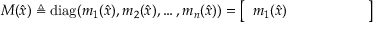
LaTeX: M ( { \hat { x } } ) \triangleq \operatorname { d i a g } ( m _ { 1 } ( { \hat { x } } ) , m _ { 2 } ( { \hat { x } } ) , \ldots , m _ { n } ( { \hat { x } } ) ) = { \left[ \begin{array} { l l l l l l } { m _ { 1 } ( { \hat { x } } ) } & { } & { } & { } & { } & { } \end{array} \right] }